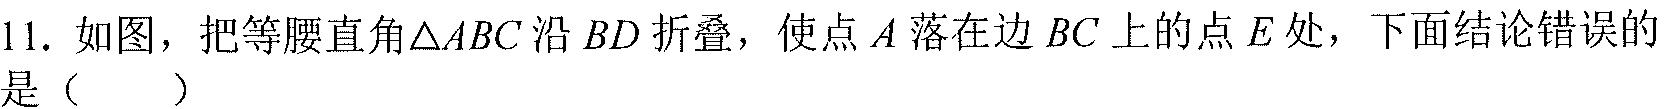
11. 如图，把等腰直角\(\triangle ABC\)沿\(BD\)折叠，使点\(A\)落在边\(BC\)上的点\(E\)处，下面结论错误的
是（  ）